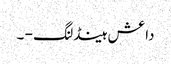
داعش ہینڈلنگ - ۔